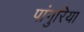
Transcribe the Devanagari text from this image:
पांगुरिया